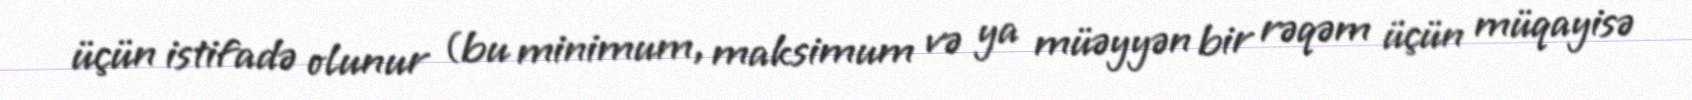
üçün istifadə olunur (bu minimum, maksimum və ya müəyyən bir rəqəm üçün müqayisə